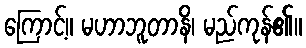
ကြောင့်။ မဟာဘူတာနိ၊ မည်ကုန်၏။